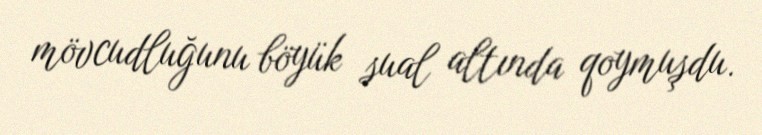
mövcudluğunu böyük sual altında qoymuşdu.